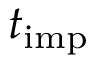
t _ { \mathrm { i m p } }